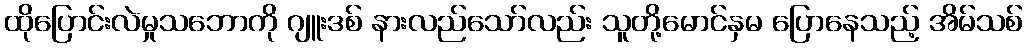
ထိုပြောင်းလဲမှုသဘောကို ဂျူးဒစ် နားလည်သော်လည်း သူတို့မောင်နှမ ပြောနေသည့် အိမ်သစ်